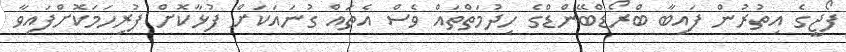
ފޯޖީގެ އިތުރުން ފައިބާ ބްރޯޑްބޭންޑްގެ ހިދުމަތްތައް ވެސް އެތައް ގުނައަކަށް ފުޅާކޮށް ފުރިހަމަކޮށްފައިވާ